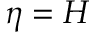
\eta = H